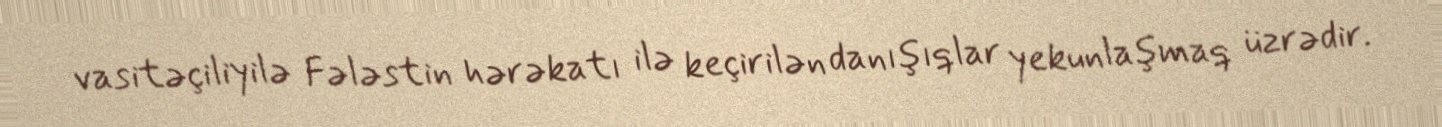
vasitəçiliyilə Fələstin hərəkatı ilə keçirilən danışıqlar yekunlaşmaq üzrədir.